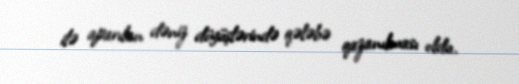
ilə aparılan dəniz döyüşlərində qələbə qazanılması oldu.